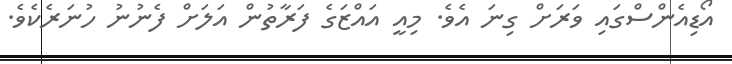
އޯޑިއެންސްގައި ވަރަށް ގިނަ އެވެ. މިއީ އައްޒަގެ ފަރާތުން އަލަށް ފެނުނު ހުނަރެކެވެ.